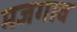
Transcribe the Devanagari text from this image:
मजगाव